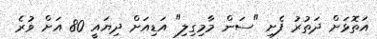
އަތޮޅަށް ދަތުރު ފެށި "ސަން މާމިގިލި" އަޑިއަށް ދިޔައީ 80 އަށް ވުރެ